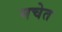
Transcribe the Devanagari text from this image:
मचेत